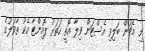
މި މެޗުން ބަލިވި އެސްޓަން ވިލާ އޮތީ ހަތަރު ޕޮއިންޓާ އެކު ތާވަލުގެ